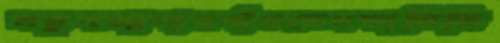
মত্তুপআগারগাঁওতেদফাভিত্তি